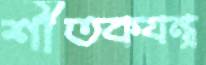
শীতকযন্ত্র